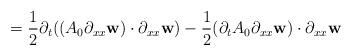
LaTeX: \begin{align*}= \frac{1}{2}\partial_{t}((A_{0}\partial_{xx}\textbf{w}) \cdot \partial_{xx}\textbf{w}) - \frac{1}{2}(\partial_{t}A_{0}\partial_{xx}\textbf{w}) \cdot \partial_{xx}\textbf{w}\end{align*}